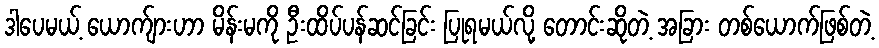
ဒါပေမယ့် ယောက်ျားဟာ မိန်းမကို ဦးထိပ်ပန်ဆင်ခြင်း ပြုရမယ်လို့ တောင်းဆိုတဲ့ အခြား တစ်ယောက်ဖြစ်တဲ့